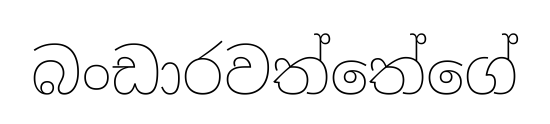
බංඩාරවත්තේගේ